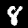
Label: 8